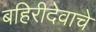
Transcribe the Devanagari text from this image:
बहिरीदेवाचे